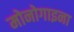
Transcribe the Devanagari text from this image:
मोनोगाइना